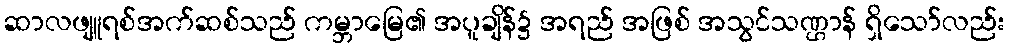
ဆာလဖျူရစ်အက်ဆစ်သည် ကမ္ဘာမြေ၏ အပူချိန်၌ အရည် အဖြစ် အသွင်သဏ္ဌာန် ရှိသော်လည်း